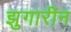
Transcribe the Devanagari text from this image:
झुगारीन